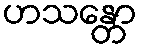
ဟသန္တော